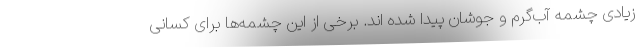
زیادی چشمه آب‌گرم و جوشان پیدا شده اند. برخی از این چشمه‌ها برای کسانی